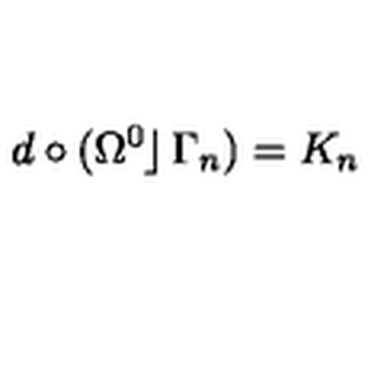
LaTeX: d \circ ( \Omega ^ { 0 } \! \! \left. \right\rfloor \Gamma _ { n } ) = K _ { n }